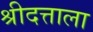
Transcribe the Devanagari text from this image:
श्रीदत्ताला